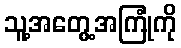
သူ့အတွေ့အကြုံကို